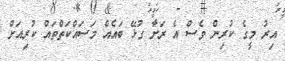
އިރު މީގެ ކުރިން ވެސް އެ ރަށާ ގުޅޭ ބައެއް މަސައްކަތްތައް ކުރިއަށް